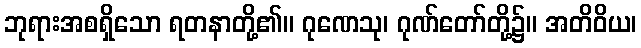
ဘုရားအစရှိသော ရတနာတို့၏။ ဂုဏေသု၊ ဂုဏ်တော်တို့၌။ အတိဝိယ၊